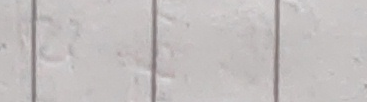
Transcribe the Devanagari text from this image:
३